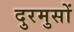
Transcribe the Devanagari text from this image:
दुरमुसों